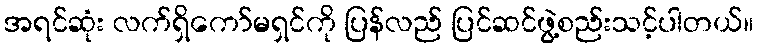
အရင်ဆုံး လက်ရှိကော်မရှင်ကို ပြန်လည် ပြင်ဆင်ဖွဲ့စည်းသင့်ပါတယ်။